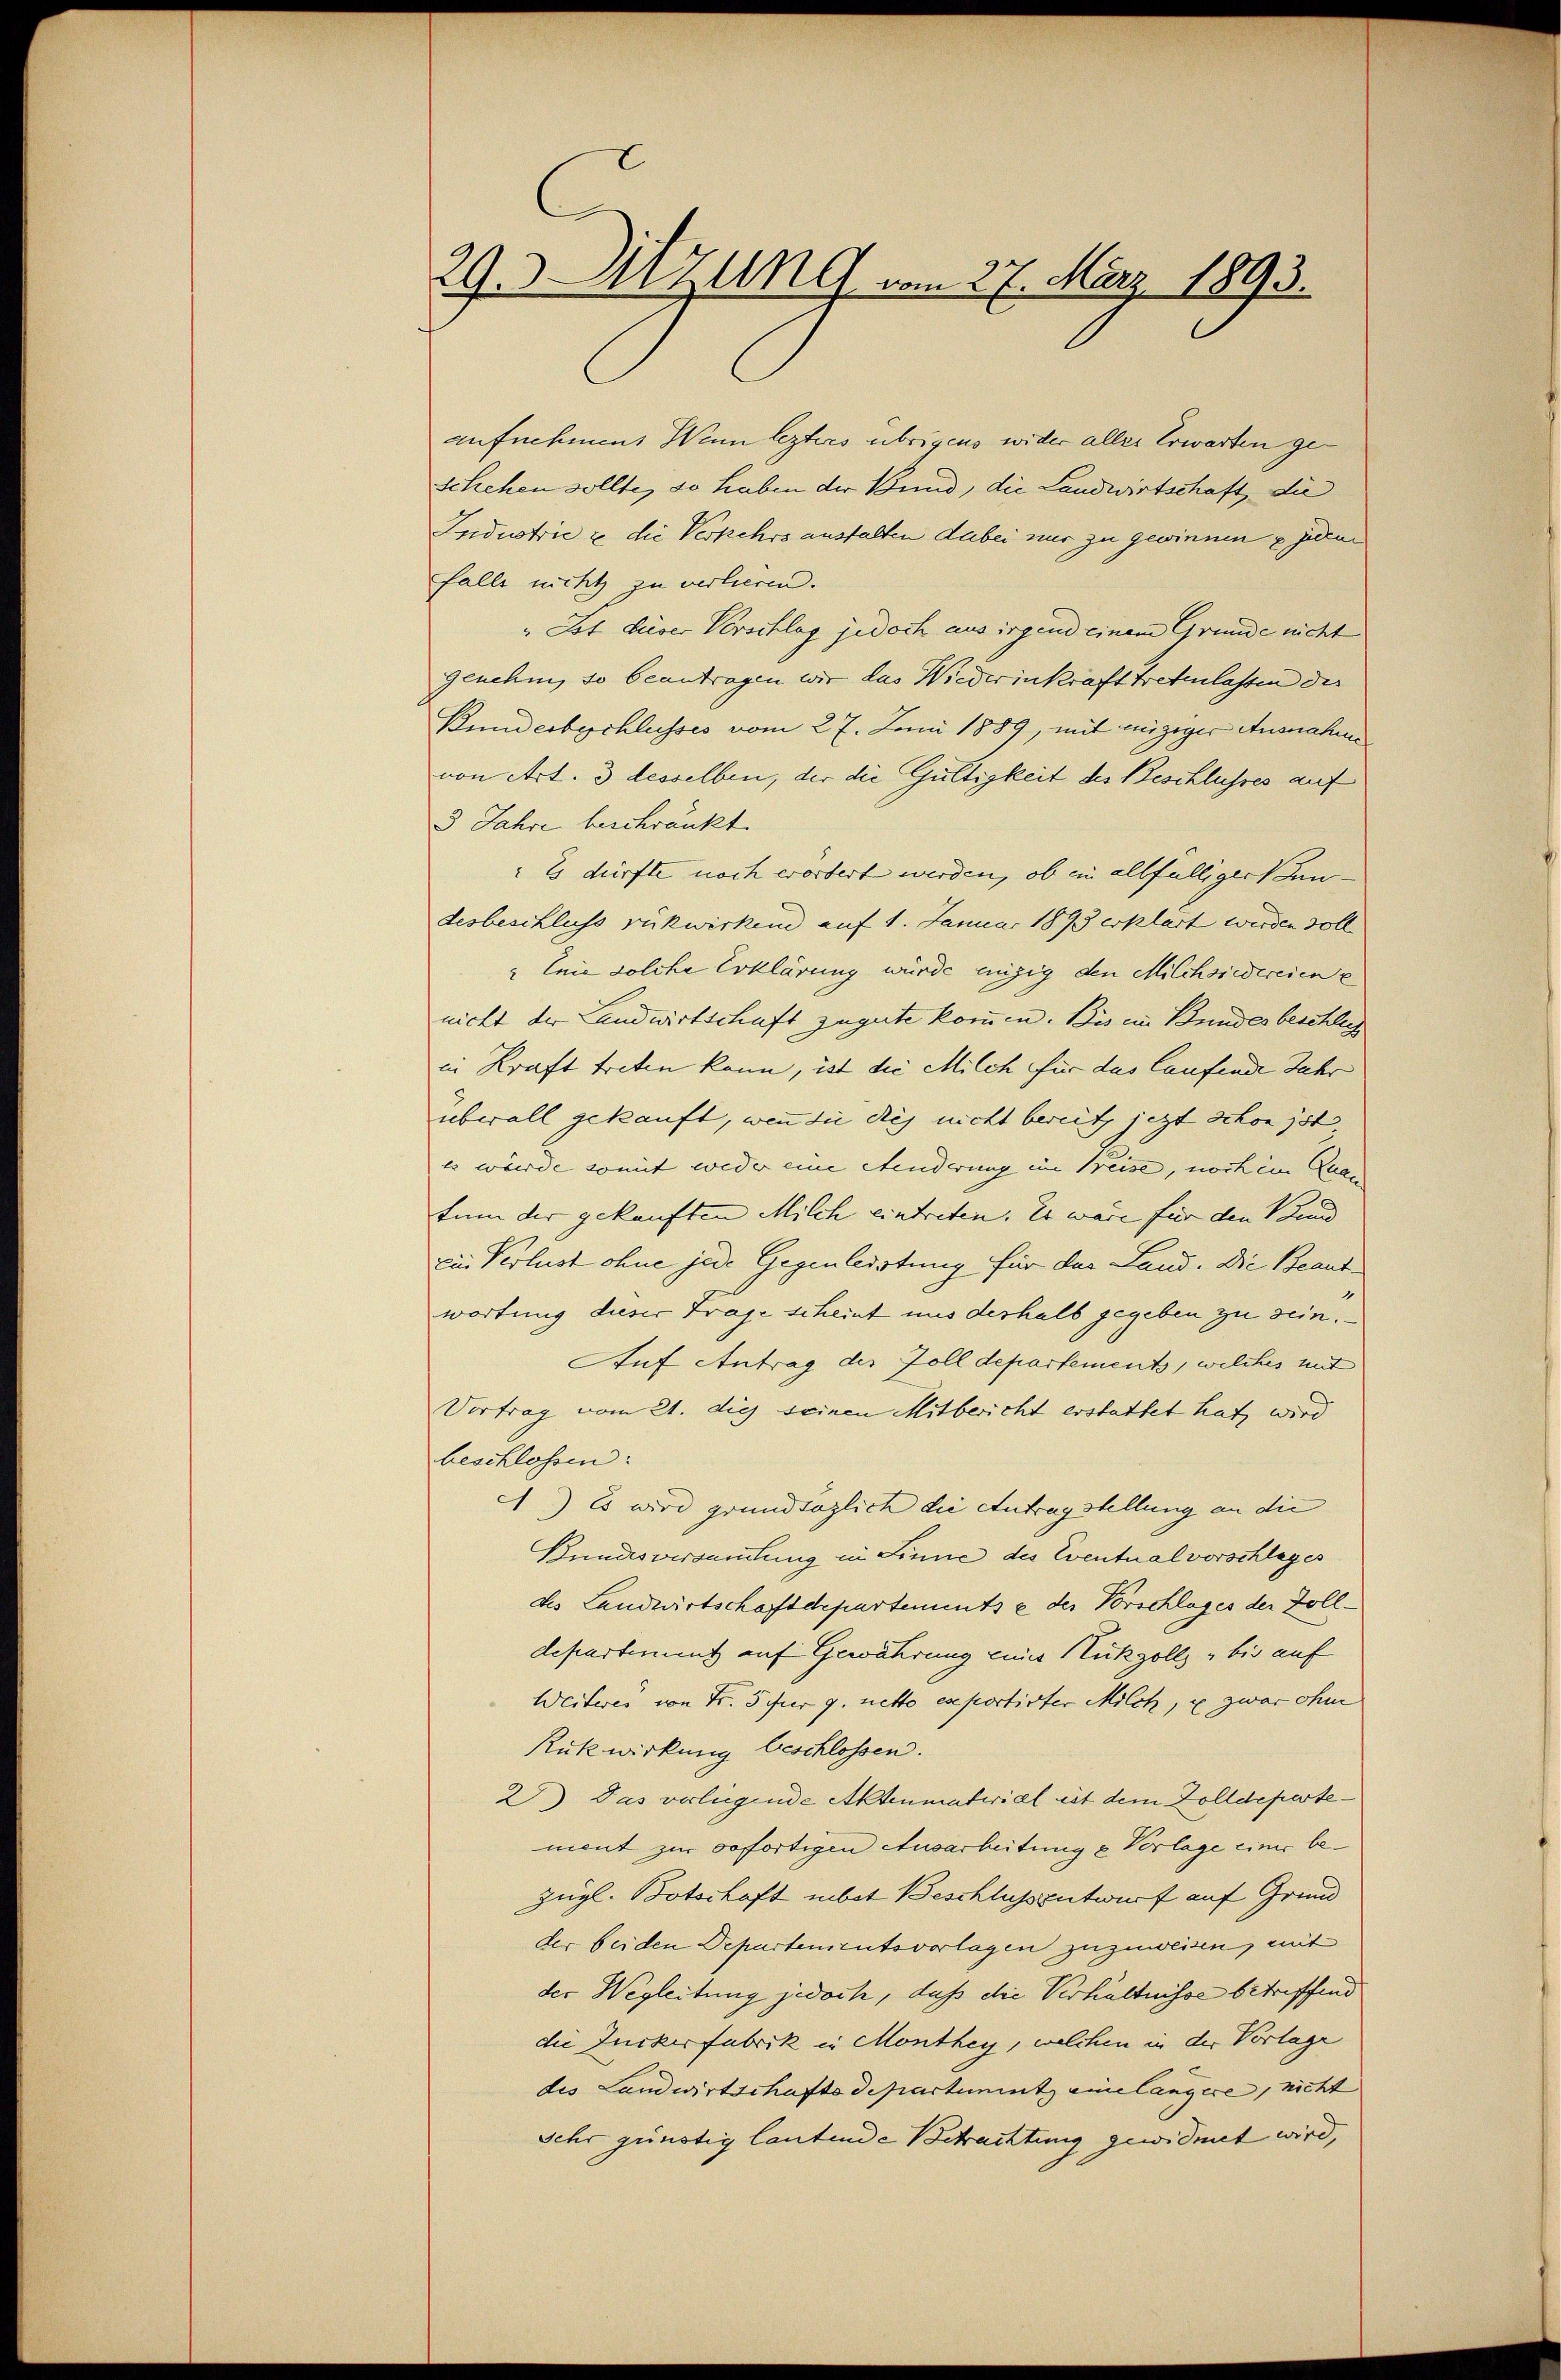
29. Sitzung vom 27. März 1893.

aufnehmen. Wenn lezteres übrigens wider aller Erwarten geschehen sollte, so haben der Bund, die Landwirtschaft, die
Industrie u. die Verkehrs ausfalten dabei nur zu gewinnen juran
falls nicht zu verlieren.
„Ist dieser Verschlag jedoch aus irgend einem Grunde nicht
Genehm, so beantragen wir das Wiederinkrafttreten lassen der
Bundesbeschlusses vom 27. Juni 1889, mit einziger Ausnahme
von Art. 3 desselben, der die Gültigkeit der Beschlusses auf
3 Jahre beschränkt.
" Es dürfte noch erordert werden, ob in allfälliger un-
desbeschluss rükwirkend auf 1. Januar 1893 erklärt werden soll
Enie solche Erklärung wurde einzig den Milchsiedereien e
nicht der Landwirtschaft zugute kommen. Bis im Bundesbeschlag
in Kraft treten kann, ist die Milch für das laufende Jahr
überall gekauft, wenn die dies nicht bereit, jezt schon ist,
Es würde somit weder eine Stenderung im Beise, noch im Quan
tum der gekauften Milch eintreten. Es wäre für den Kund
Die Verlust ohne jede Gegenleistung für der Land. Die Beant¬
.
wortung dieser Frage scheint uns derhalb gegeben zu sein.
Auf Antrag des Zolldepartements, welches mit
Vortrag vom 21. die seinen Mitbericht erstattet hat, wird
beschlossen:
A) Es wird grundtözlich die Antragstellung an die
Hundesversammlung in Linne des Eventualvorschlages
des Landwirtschaftdepartements e der Vorschlages der Zolldepartement auf Gewährung einer Rückzollz, bis auf
Weiteres von Fr. 5 fr g. netto exportirter Milch, u zwar ohne
Rükwirkung beschlossen.
2) Das verlegende Aktenmaterial est dem Zolldepartement zur sofortigen Ausarbeitung u. Vorlage einer bezügl. Botschaft mibet Beschlussentwurf auf Grund
der beiden Departementsvorlagen zuzuweisen, mit
der Wegleitung jedoch, daß die Verhältnisse betreffend
die Zuckerfabrik in Monthey, welchen in der Vorlage
des Landwirtschafts Departenutz eine längere, nicht
Sehr günstig lautende Betrachtung gewidmet wird,